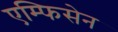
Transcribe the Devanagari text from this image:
एम्फिसेन